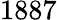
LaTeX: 1887